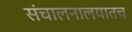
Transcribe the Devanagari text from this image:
संचालनालयातच